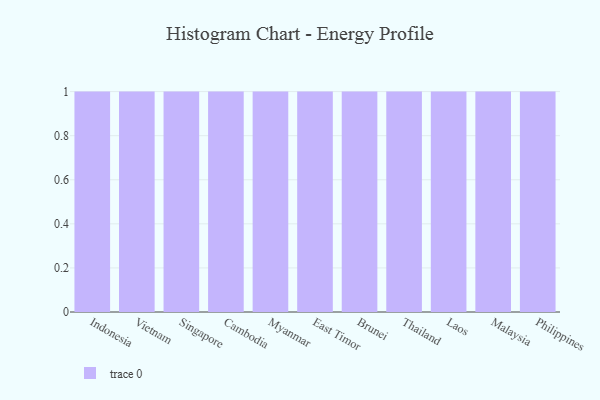
{"axis": {"x": "Country", "y": "Churn Rate (%)"}, "legend": [""], "data": [{"x": "Indonesia", "y": 25, "type": ""}, {"x": "Vietnam", "y": 74, "type": ""}, {"x": "Singapore", "y": 11, "type": ""}, {"x": "Cambodia", "y": 35, "type": ""}, {"x": "Myanmar", "y": 14, "type": ""}, {"x": "East Timor", "y": 87, "type": ""}, {"x": "Brunei", "y": 30, "type": ""}, {"x": "Thailand", "y": 59, "type": ""}, {"x": "Laos", "y": 81, "type": ""}, {"x": "Malaysia", "y": 9, "type": ""}, {"x": "Philippines", "y": 81, "type": ""}]}